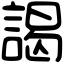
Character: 謁